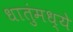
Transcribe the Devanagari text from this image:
धातुंमध्ये